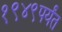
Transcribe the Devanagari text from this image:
१९४९पर्यंत